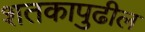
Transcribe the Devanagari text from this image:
शतकापुढील